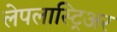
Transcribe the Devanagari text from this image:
लेपलास्ट्रिअर